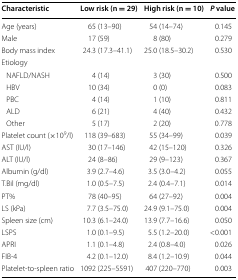
| Characteristic | Low risk (n = 29) | High risk (n = 10) | P value |
 | --- | --- | --- | --- |
 | Age (years) | 65 (13–90) | 54 (14–74) | 0.145 |
 | Male | 17 (59) | 8 (80) | 0.279 |
 | Body mass index | 24.3 (17.3–41.1) | 25.0 (18.5–30.2) | 0.530 |
 | Etiology |  |  |  |
 | NAFLD/NASH | 4 (14) | 3 (30) | 0.500 |
 | HBV | 10 (34) | 0 (0) | 0.083 |
 | PBC | 4 (14) | 1 (10) | 0.811 |
 | ALD | 6 (21) | 4 (40) | 0.432 |
 | Other | 5 (17) | 2 (20) | 0.778 |
 | Platelet count (×109/l) | 118 (39–683) | 55 (34–99) | 0.039 |
 | AST (IU/l) | 30 (17–146) | 42 (15–120) | 0.326 |
 | ALT (IU/l) | 24 (8–86) | 29 (9–123) | 0.367 |
 | Albumin (g/dl) | 3.9 (2.7–4.6) | 3.5 (3.0–4.2) | 0.055 |
 | T.Bil (mg/dl) | 1.0 (0.5–7.5) | 2.4 (0.4–7.1) | 0.014 |
 | PT% | 78 (40–95) | 64 (27–92) | 0.004 |
 | LS (kPa) | 7.7 (3.5–75.0) | 24.9 (9.1–75.0) | 0.004 |
 | Spleen size (cm) | 10.3 (6.1–24.0) | 13.9 (7.7–16.6) | 0.050 |
 | LSPS | 1.0 (0.1–9.5) | 5.5 (1.2–20.0) | <0.001 |
 | APRI | 1.1 (0.1–4.8) | 2.4 (0.8–4.0) | 0.026 |
 | FIB-4 | 4.2 (0.1–12.0) | 8.4 (1.2–10.9) | 0.044 |
 | Platelet-to-spleen ratio | 1092 (225–5591) | 407 (220–770) | 0.003 |